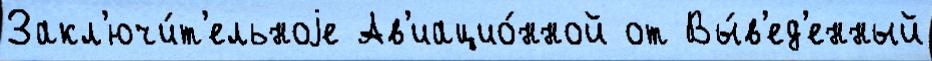
Закл'ючи́т'ельноjе Ав'иацио́нной от Вы́в'ед'енный